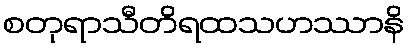
စတုရာသီတိရထသဟဿာနိ